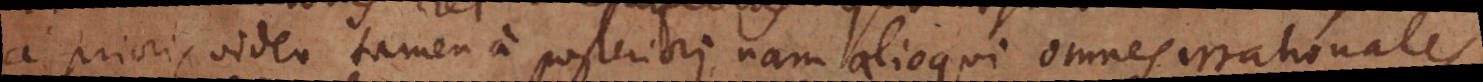
a priori, video tamen a posteriori, nam alioqui omnes irrationales